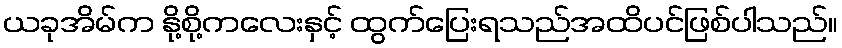
ယခုအိမ်က နို့စို့ကလေးနှင့် ထွက်ပြေးရသည်အထိပင်ဖြစ်ပါသည်။